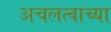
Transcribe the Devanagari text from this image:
अचलत्वाच्या